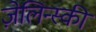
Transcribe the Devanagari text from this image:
ज़ेलिन्स्की